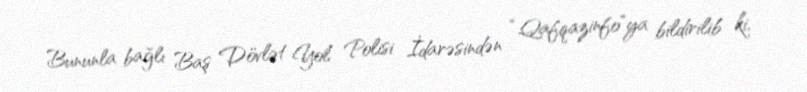
Bununla bağlı Baş Dövlət Yol Polisi İdarəsindən “Qafqazinfo”ya bildirilib ki,